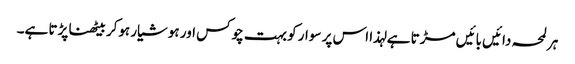
ہر لمحہ دائیں بائیں مڑتا ہے لہذا اس پر سوار کو بہت چوکس اور ہوشیار ہوکر بیٹھنا پڑتا ہے۔